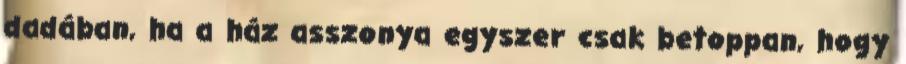
dadában, ha a ház asszonya egyszer csak betoppan, hogy